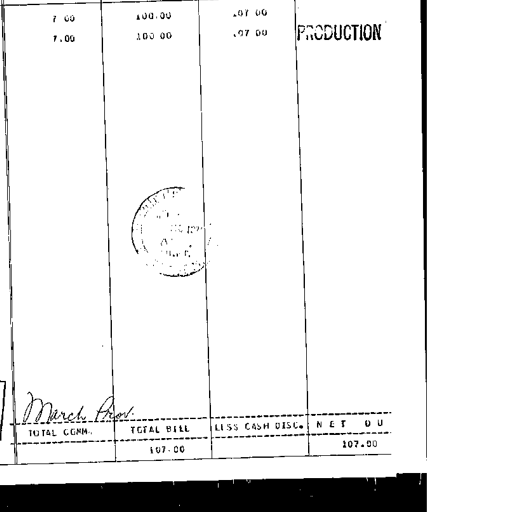
7 00
100.00
107 00
PRODUCTION
7.00
100 00
107 00
March Prov.
TOTAL COMM.
TOTAL BILL
LESS CASH DISC.
NET DUE
107.00
107.00